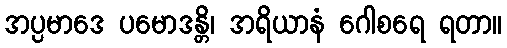
အပ္ပမာဒေ ပမောဒန္တိ၊ အရိယာနံ ဂေါစရေ ရတာ။